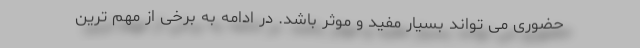
حضوری می تواند بسیار مفید و موثر باشد. در ادامه به برخی از مهم ترین